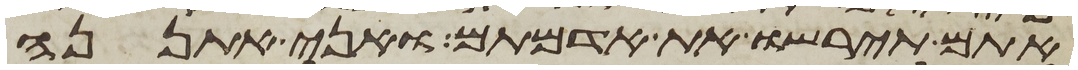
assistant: אתם תירשו את אדמתם ואני אתננה